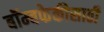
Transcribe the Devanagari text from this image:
बॉम्बफेकीसाठी